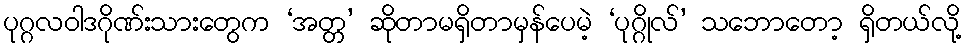
ပုဂ္ဂလဝါဒဂိုဏ်းသားတွေက ‘အတ္တ’ ဆိုတာမရှိတာမှန်ပေမဲ့ ‘ပုဂ္ဂိုလ်’ သဘောတော့ ရှိတယ်လို့